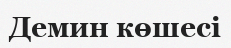
Демин көшесі